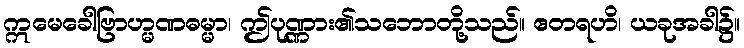
ဣမေခေါဗြာဟ္မဏဓမ္မာ၊ ဤပုဏ္ဏား၏သဘောတို့သည်။ ဧတရဟိ၊ ယခုအခါ၌။